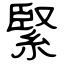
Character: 緊